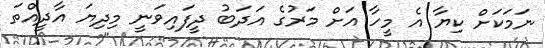
ނަމަކަށް ކިޔާ އެ މީހާ އަށް މަރުގެ އަދަބު ދީފައިވަނީ މިދިޔަ އާދީއްތަ